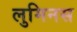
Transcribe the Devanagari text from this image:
लुमिनस